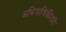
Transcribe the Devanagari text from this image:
अभियांत्रिकीतही